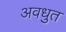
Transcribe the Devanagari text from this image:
अवधुत